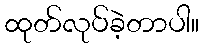
ထုတ်လုပ်ခဲ့တာပါ။